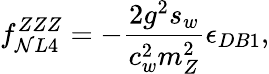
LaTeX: f_{\mathcal{N}L4}^{ZZZ}=-\frac{{2g^{2}s_{w}}}{{c_{w}^{2}m_{Z}^{2}}}\epsilon_{DB1},